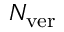
N _ { \mathrm { v e r } }